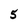
Character: 5